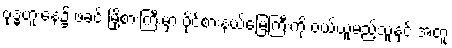
ဗုဒ္ဓဟူးနေ့၌ ဖခင် မြို့စားကြီးမှာ ပိုင်စားနယ်မြေကြီးကို ဝယ်ယူမည့်သူနှင့် အတူ